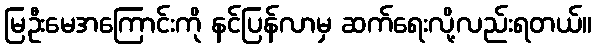
မြဦးမေအကြောင်းကို နင်ပြန်လာမှ ဆက်ရေးလို့လည်းရတယ်။